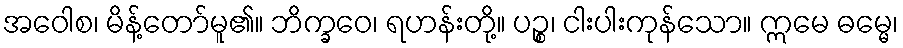
အဝေါစ၊ မိန့်တော်မူ၏။ ဘိက္ခဝေ၊ ရဟန်းတို့။ ပဉ္စ၊ ငါးပါးကုန်သော။ ဣမေ ဓမ္မေ၊